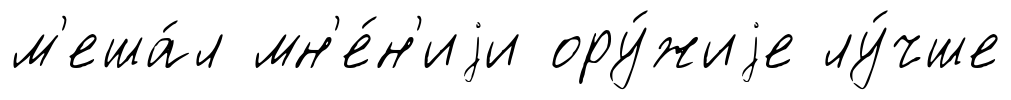
м'еша́л мн'е́н'иjи ору́жиjе лу́чше